Civil Veterinary Department. Central Provinces & Berar 1932-41 - 1932-1941
Year: 1932
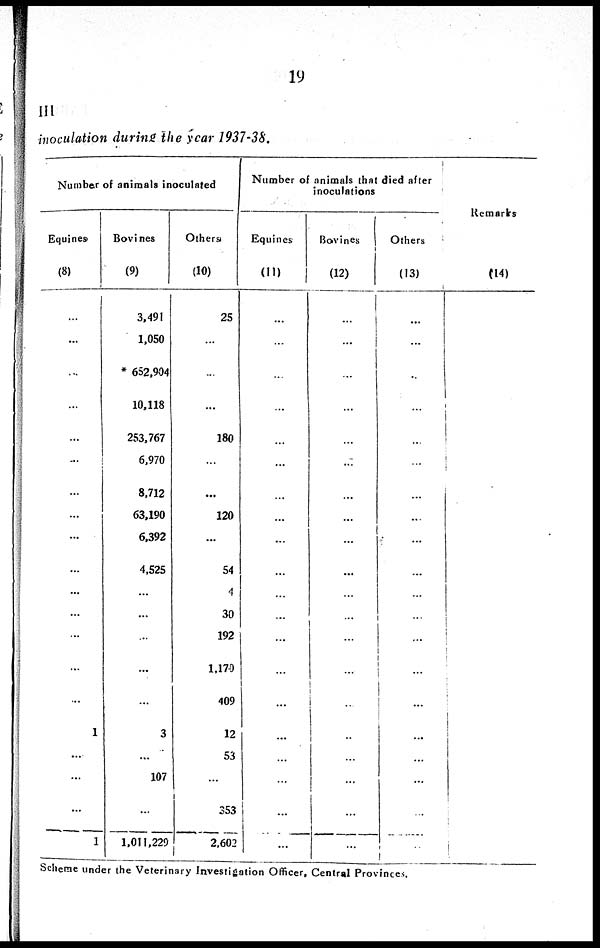
19
III
inoculation during the year 1937-38.
Number of animals inoculated
Equines
(8)
...
...
...
...
...
...
...
...
...
...
...
...
...
...
...
1
......
...
...
1
Bovines
(9)
3,491
1,050
* 652,904
10,118
253,767
6,970
8,712
63,190
6,392
4,525
...
...
...
...
...
3
...
107
...
1,011,229
Others
(10)
25
...
...
...
180
...
...
120
...
54
4
30
192
1,170
409
12
53
...
353
2,602
Number of animals that died after
inoculations
Equines
(11)
...
...
...
...
...
...
...
...
...
...
...
...
...
...
...
...
...
...
...
...
Bovines
(12)
...
...
...
...
...
...
...
...
...
...
...
...
...
...
...
..
...
...
...
...
Others
(13)
...
...
...
...
...
...
...
...
...
...
...
...
...
...
...
...
...
...
...
...
Remarks
(14)
Scheme under the Veterinary Investigation Officer, Central Provinces.